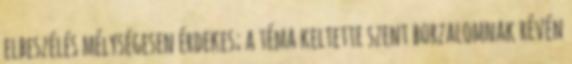
elbeszélés mélységesen érdekes; a téma keltette szent borzalomnak révén